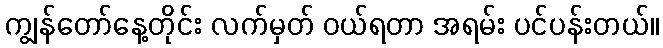
ကျွန်တော်နေ့တိုင်း လက်မှတ် ဝယ်ရတာ အရမ်း ပင်ပန်းတယ်။